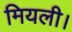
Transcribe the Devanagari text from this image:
मियली।